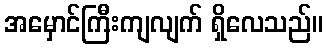
အမှောင်ကြီးကျလျက် ရှိလေသည်။